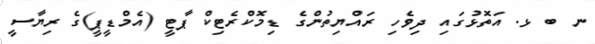
ނ ބ ޅ. އަތޮޅުގައި ދިވެހި ރައްޔިތުންގެ ޑިމޮކްރެޓިކް ޕާޓީ (އެމްޑީޕީ)ގެ ރިޔާސީ